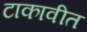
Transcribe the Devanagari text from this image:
टाकावीत